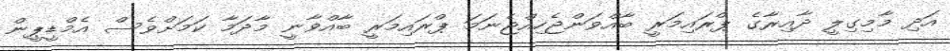
އަދި މާމިގިލީ ދާއިރާގެ ޕްރައިމަރީ ބާއްވަންޖެހިއްޖެނަމަ ޕްރައިމަރީ ބާއްވާނީ މާދަމާ ކަމަށްވެސް އެމްޑީޕީން